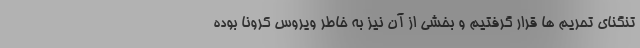
تنگنای تحریم ها قرار گرفتیم و بخشی از آن نیز به خاطر ویروس کرونا بوده